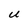
Character: U